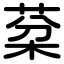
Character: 棻